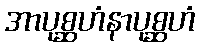
အာပုစ္ဆဟံနာပုစ္ဆဟံ